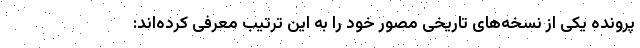
پرونده یکی از نسخه‌های تاریخی مصور خود را به این ترتیب معرفی کرده‌اند: